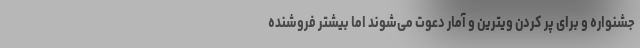
جشنواره و برای پر کردن ویترین و آمار دعوت می‌شوند اما بیشتر فروشنده